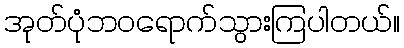
အုတ်ပုံဘဝရောက်သွားကြပါတယ်။